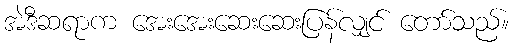
အဲဒီဆရာက အေးအေးဆေးဆေးပြန်လျှင် တော်သည်။